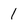
Character: 1